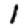
Digit: 1